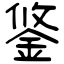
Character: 鋚